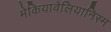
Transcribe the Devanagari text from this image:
मेकियावेलियानिस्म